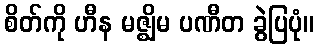
စိတ်ကို ဟီန မဇ္ဈိမ ပဏီတ ခွဲပြပုံ။